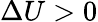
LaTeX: \Delta U>0